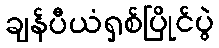
ချန်ပီယံရှစ်ပြိုင်ပွဲ